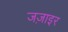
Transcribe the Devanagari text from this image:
जज़ाइर